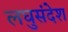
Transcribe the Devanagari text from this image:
लघुसंदेश